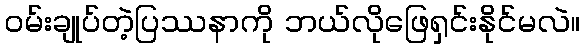
၀မ်းချုပ်တဲ့ပြဿနာကို ဘယ်လိုဖြေရှင်းနိုင်မလဲ။